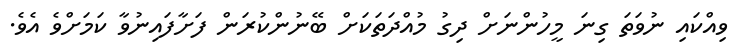
ވިއްކައި ނުވަތަ ގިނަ މީހުންނަށް ދިގު މުއްދަތަކަށް ބޭނުންކުރަން ފަށާފައިނުވާ ކަމަށްވެ އެވެ.